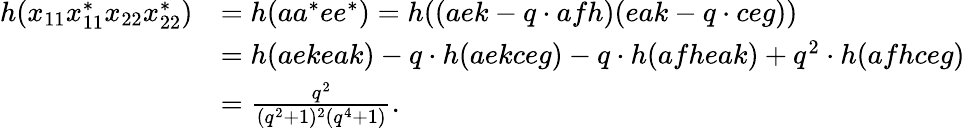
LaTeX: \begin{array}{rl}{h(x_{11}x_{11}^{*}x_{22}x_{22}^{*})}&{=h(aa^{*}ee^{*})=h((aek-q\cdot afh)(eak-q\cdot ceg))}\\ &{=h(aekeak)-q\cdot h(aekceg)-q\cdot h(afheak)+q^{2}\cdot h(afhceg)}\\ &{=\frac{q^{2}}{(q^{2}+1)^{2}(q^{4}+1)}.}\end{array}